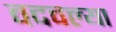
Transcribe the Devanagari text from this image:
वदवल्या